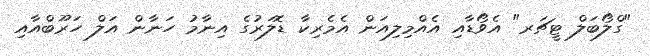
"ގްލޯބަލް ޓީޗަރ" އެވޯޑާއި އެއްމިލިއަން އެމެރިކާ ޑޮލަރުގެ އިނާމު ހަނާން އަލް ހަރޫބްއާއި